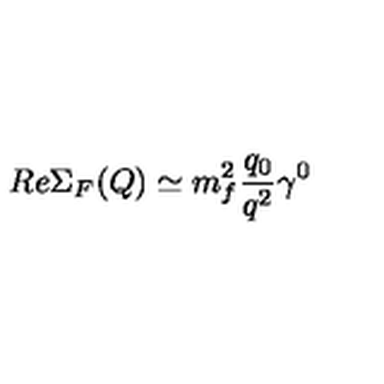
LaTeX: R e \Sigma _ { F } ( Q ) \simeq m _ { f } ^ { 2 } \frac { q _ { 0 } } { q ^ { 2 } } \gamma ^ { 0 }